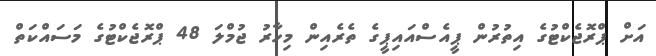
އަށް ޕްރޮޖެކްޓުގެ އިތުރުން ޕީއެސްއައިޕީގެ ތެރެއިން މިހާރު ޖުމްލަ 48 ޕްރޮޖެކްޓުގެ މަސައްކަތް